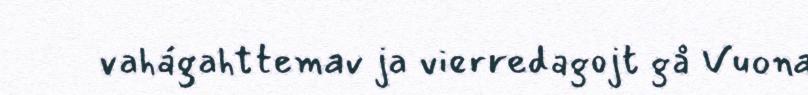
vahágahttemav ja vierredagojt gå Vuona